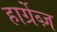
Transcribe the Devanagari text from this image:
हार्ग्रेव्ज़